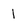
Character: 1